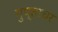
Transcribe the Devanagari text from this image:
गुप्ताचर